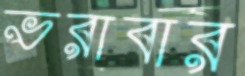
ভরাবার